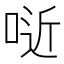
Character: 𠶌